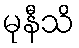
မုနီသိ